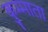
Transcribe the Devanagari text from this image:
कुम्माता